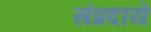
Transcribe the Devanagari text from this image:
संप्रदाये